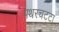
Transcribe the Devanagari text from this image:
पथरचट्टा